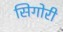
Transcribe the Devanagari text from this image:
सिगोरी